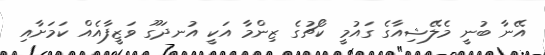
އޭނާ ބުނީ މެލޭޝިއާގެ ގައުމީ ކޯޗުގެ ޒިންމާ އަކީ އުނދަގޫ ވަޒީފާއެއް ކަމަށާއި